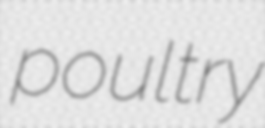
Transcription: poultry